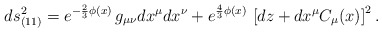
\begin{align*}ds^2_{(11)}= e^{-\frac23 \phi(x)} \, g_{\mu\nu} dx^\mu dx^\nu + e^{\frac43 \phi(x)} \,\left[dz + dx^\mu C_\mu(x)\right]^2.\end{align*}